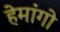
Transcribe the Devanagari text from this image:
हेमांगो